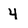
Character: y